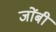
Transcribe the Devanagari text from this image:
जोंबी